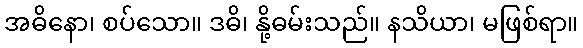
အဓိနော၊ စပ်သော။ ဒဓိ၊ နို့ဓမ်းသည်။ နသိယာ၊ မဖြစ်ရာ။